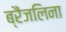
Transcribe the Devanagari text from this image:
ब्रैंजलिना